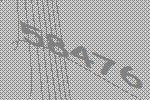
58476